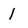
Character: 1